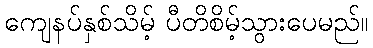
ကျေနပ်နှစ်သိမ့် ပီတိစိမ့်သွားပေမည်။